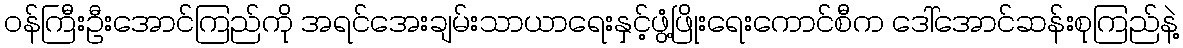
ဝန်ကြီးဦးအောင်ကြည်ကို အရင်အေးချမ်းသာယာရေးနှင့်ဖွံ့ဖြိုးရေးကောင်စီက ဒေါ်အောင်ဆန်းစုကြည်နဲ့